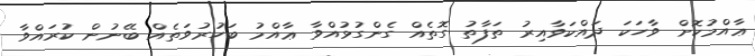
ޢާއްމުކޮށް ވާހަކަ ދައްކަވާއިރު ތަފާތު ގޮތެއް ގެންގުޅުއްވާ ޢާއްމު ބަހުރުވަތެއް ބޭނުން ކުރައްވާ